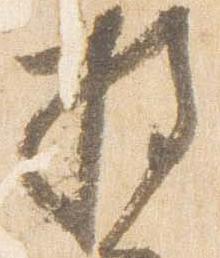
持